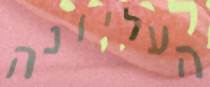
העליונה